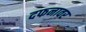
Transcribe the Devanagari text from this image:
दफनावर